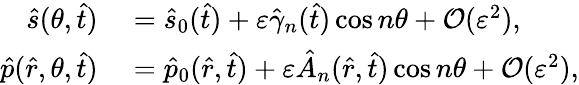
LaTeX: \begin{array}{rl}{\hat{s}(\theta,\hat{t})}&{{}=\hat{s}_{0}(\hat{t})+\varepsilon\hat{\gamma}_{n}(\hat{t})\cos n\theta+\mathcal{O}(\varepsilon^{2}),}\\ {\hat{p}(\hat{r},\theta,\hat{t})}&{{}=\hat{p}_{0}(\hat{r},\hat{t})+\varepsilon\hat{A}_{n}(\hat{r},\hat{t})\cos n\theta+\mathcal{O}(\varepsilon^{2}),}\end{array}